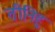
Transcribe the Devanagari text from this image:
तीनिहु